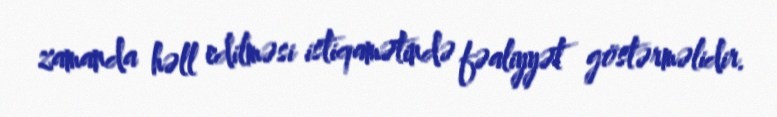
zamanda həll edilməsi istiqamətində fəaliyyət göstərməlidir.